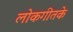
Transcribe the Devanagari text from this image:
लोकगीतके